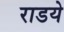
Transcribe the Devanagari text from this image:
राडये